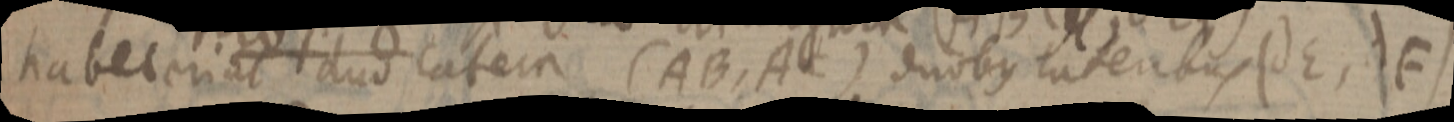
habet eriat duo latera (AB, AC) duobus lateribus (dE, dF)